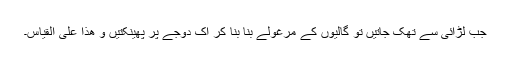
جب لڑائی سے تھک جاتیں تو گالیوں کے مرغولے بنا بنا کر اک دوجے پر پھینکتیں و ھذا علی القیاس۔